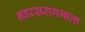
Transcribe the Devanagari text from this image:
नवरसरागमाला